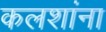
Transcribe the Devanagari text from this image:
कलशांना